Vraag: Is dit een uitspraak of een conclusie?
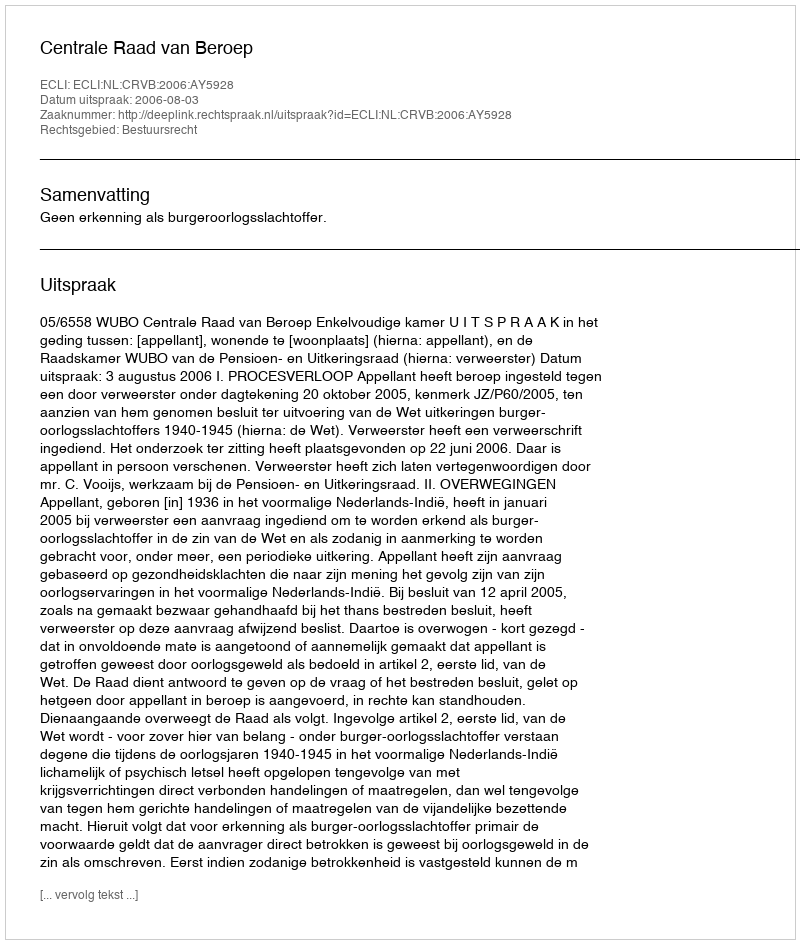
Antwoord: Uitspraak